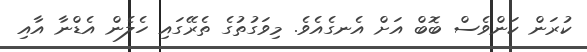
ކުރަން ކަންވެސް ބޮބް އަށް އެނގެއެވެ. މިވަގުތުގެ ތެރޭގައި ހެލެން އެޑްނާ އާއި